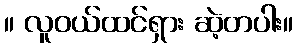
။ လူဝယ်ထင်ရှား ဆဲ့တပါး။